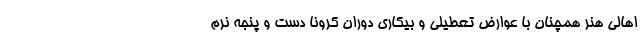
اهالی هنر همچنان با عوارض تعطیلی و بیکاری دوران کرونا دست و پنجه نرم